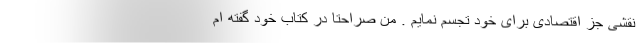
نقشی جز اقتصادی برای خود تجسم نمایم . من صراحتا در کتاب خود گفته ام